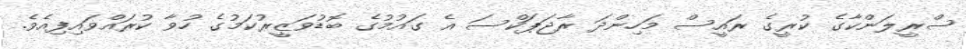
ސްރީލަންކާގެ ކުރީގެ ރައީސް މަހިންދަ ރާޖަޕަކްސަ އެ ގައުމުގެ ބޮޑުވަޒީރުކަމުގެ ހުވާ ކުރައްވައިފިއެވެ.